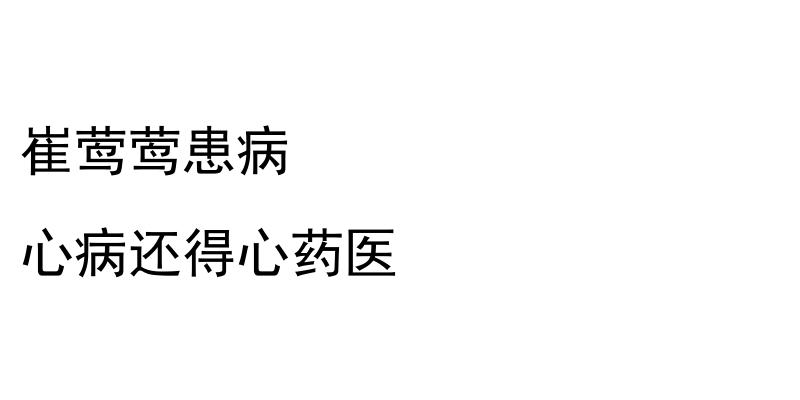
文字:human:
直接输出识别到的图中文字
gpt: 崔莺莺患病 心病还得心药医